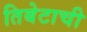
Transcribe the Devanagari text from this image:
तिबेटाची